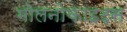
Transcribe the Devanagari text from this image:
मोलनोकाइट्स